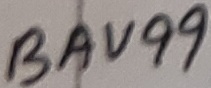
Text: BAV99